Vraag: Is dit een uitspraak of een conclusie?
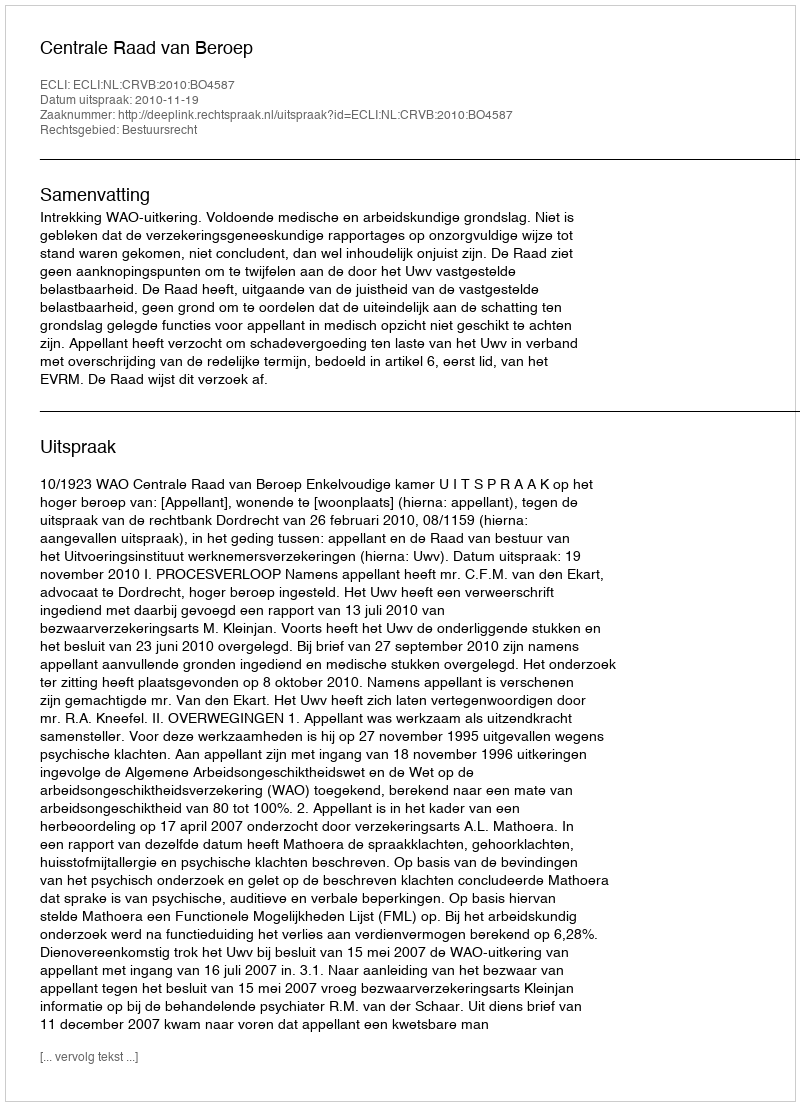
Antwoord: Uitspraak